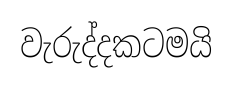
වැරුද්දකටමයි